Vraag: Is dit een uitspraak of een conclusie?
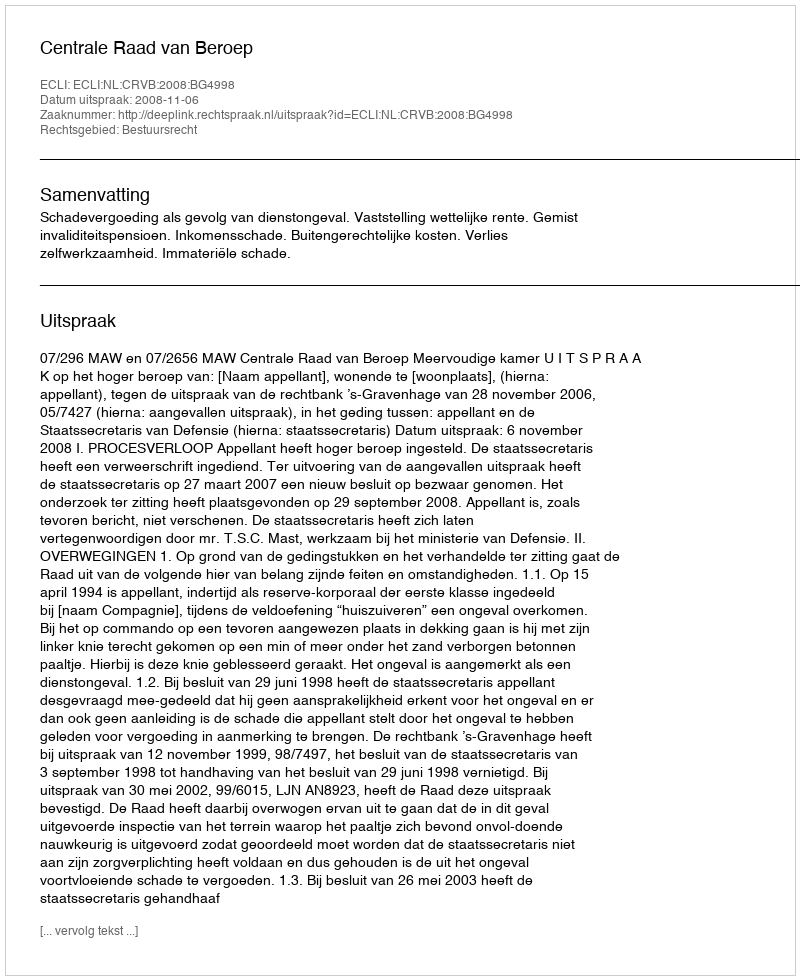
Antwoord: Uitspraak